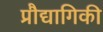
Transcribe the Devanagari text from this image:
प्रौद्यागिकी